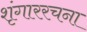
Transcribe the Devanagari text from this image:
शृंगाररचना